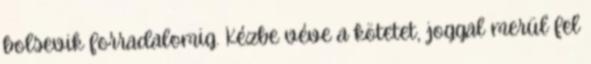
bolsevik forradalomig. Kézbe véve a kötetet, joggal merül fel